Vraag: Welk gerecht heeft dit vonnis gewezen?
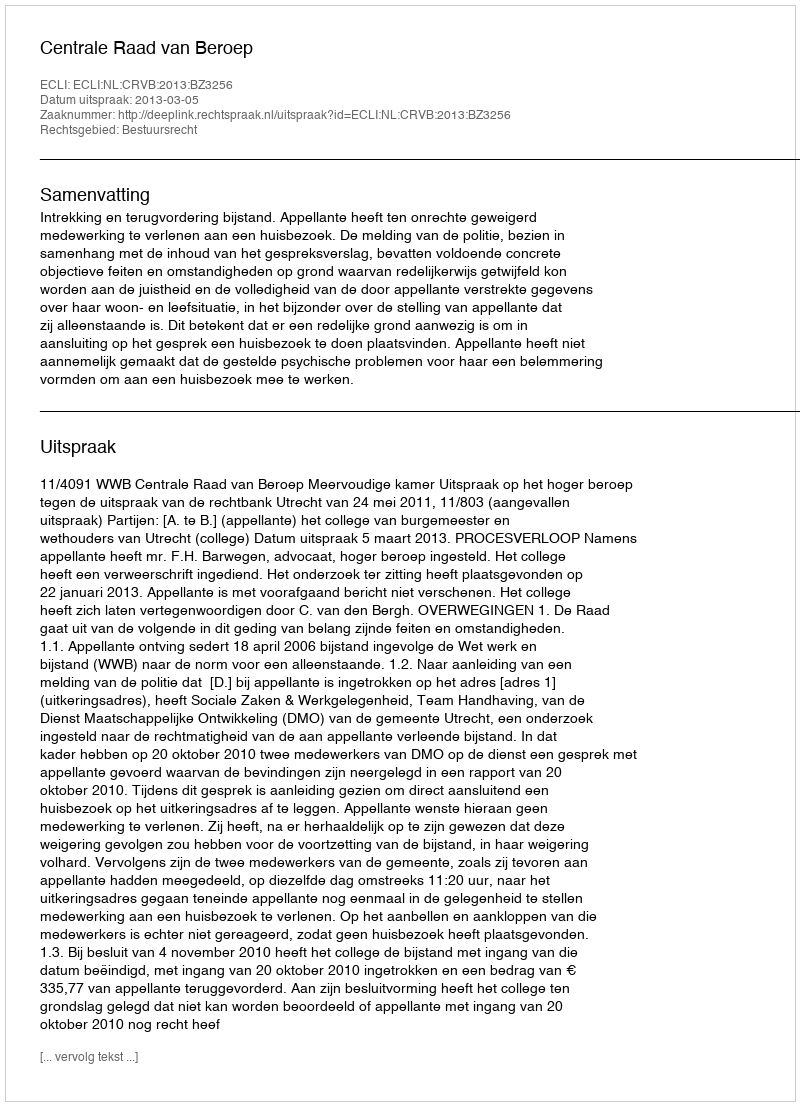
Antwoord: Centrale Raad van Beroep